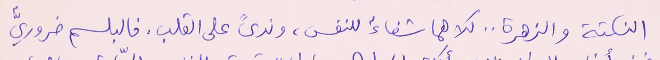
النكتة والزهرة .. كلاهما شفاءٌ للنفس، وندىً على القلب. فالبلسم ضروريٌّ